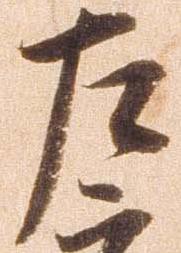
左